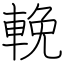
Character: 輓